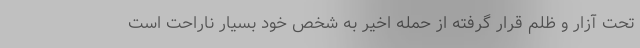
تحت آزار و ظلم قرار گرفته از حمله اخیر به شخص خود بسیار ناراحت است